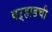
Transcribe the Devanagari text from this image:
वऱ्हाडची